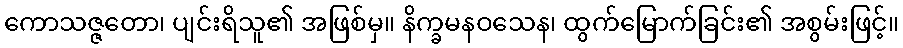
ကောသဇ္ဇတော၊ ပျင်းရိသူ၏ အဖြစ်မှ။ နိက္ခမနဝသေန၊ ထွက်မြောက်ခြင်း၏ အစွမ်းဖြင့်။